Subject: physics
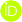
LaTeX code:
	\begin{tikzpicture}
	\draw[lime, fill=lime] (0,0)
	circle [radius=0.13]
	node[white] {{\fontfamily{qag}\selectfont \tiny ID}};
	\draw[white, fill=white] (-0.0625,0.095)
	circle [radius=0.007];
	\end{tikzpicture}